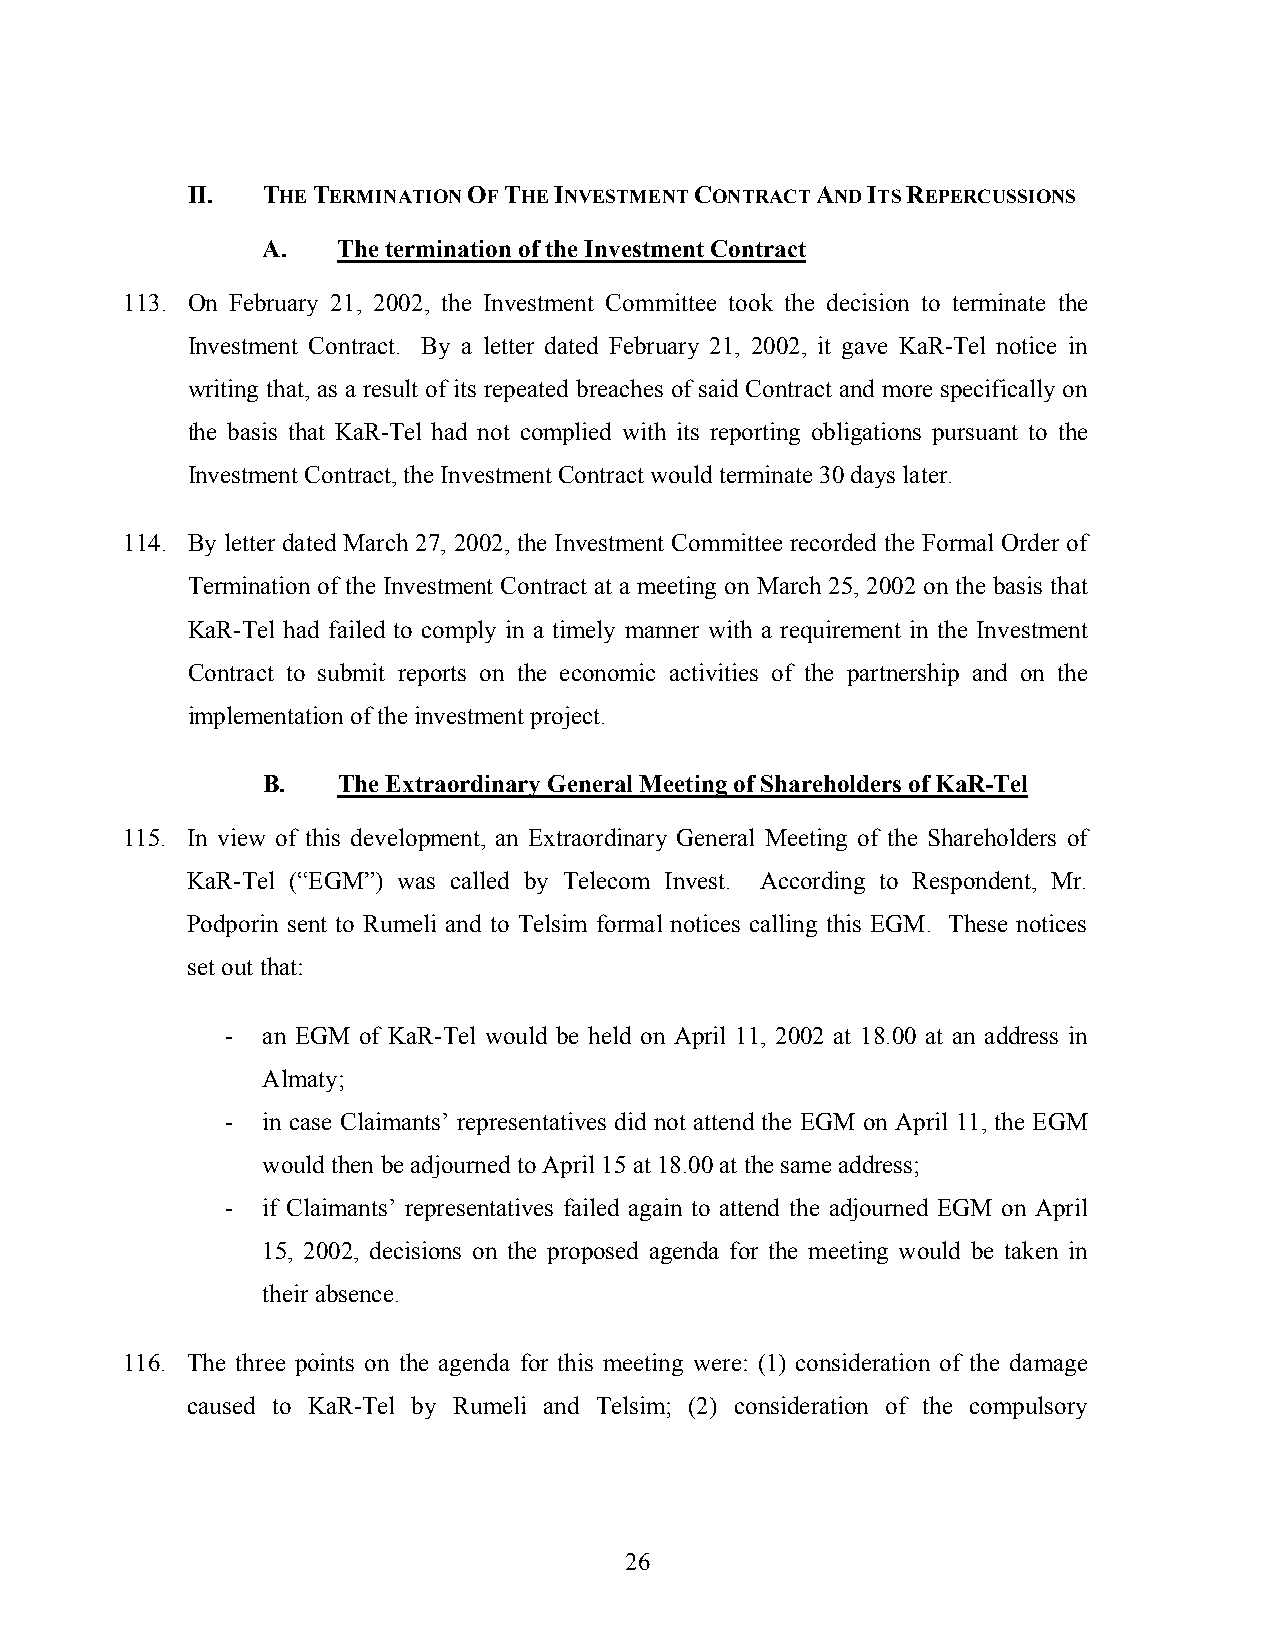
II.  THE TERMINATION OF THE INVESTMENT CONTRACT AND ITS REPERCUSSIONS
 A.   The termination of the Investment Contract
 113. On February 21, 2002, the Investment Committee took the decision to terminate the
 Investment Contract. By a letter dated February 21, 2002, it gave KaR-Tel notice in
 writing that, as a result of its repeated breaches of said Contract and more specifically on
 the basis that KaR-Tel had not complied with its reporting obligations pursuant to the
 Investment Contract, the Investment Contract would terminate 30 days later.
 114. By letter dated March 27, 2002, the Investment Committee recorded the Formal Order of
 Termination of the Investment Contract at a meeting on March 25, 2002 on the basis that
 KaR-Tel had failed to comply in a timely manner with a requirement in the Investment
 Contract to submit reports on the economic activities of the partnership and on the
 implementation of the investment project.
 B.   The Extraordinary General Meeting of Shareholders of KaR-Tel
 115. In view of this development, an Extraordinary General Meeting of the Shareholders of
 KaR-Tel (“EGM”) was called by Telecom Invest. According to Respondent, Mr.
 Podporin sent to Rumeli and to Telsim formal notices calling this EGM. These notices
 set out that:
 - an EGM of KaR-Tel would be held on April 11, 2002 at 18.00 at an address in
 Almaty;
 - in case Claimants’ representatives did not attend the EGM on April 11, the EGM
 would then be adjourned to April 15 at 18.00 at the same address;
 - if Claimants’ representatives failed again to attend the adjourned EGM on April
 15, 2002, decisions on the proposed agenda for the meeting would be taken in
 their absence.
 116. The three points on the agenda for this meeting were: (1) consideration of the damage
 caused to KaR-Tel by Rumeli and Telsim; (2) consideration of the compulsory
 26